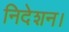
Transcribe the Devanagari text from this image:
निदेशन।